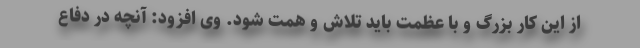
از این کار بزرگ و با عظمت باید تلاش و همت شود. وی افزود: آنچه در دفاع